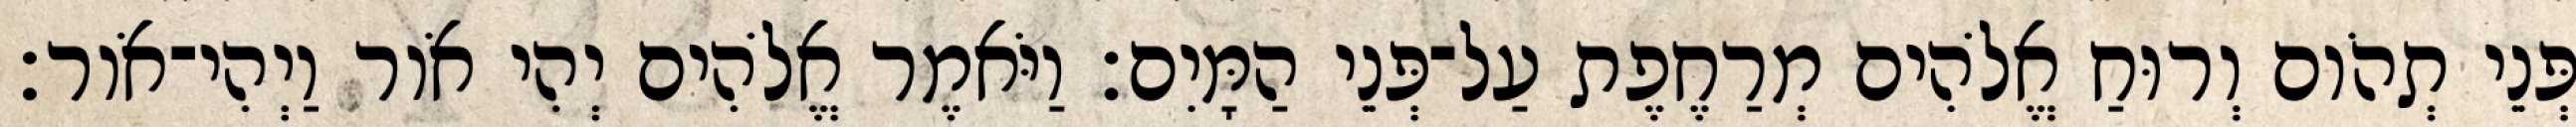
פְּנֵי תְהֹום וְרוּחַ אֱלֹהִים מְרַחֶפֶת עַל־פְּנֵי הַמָּיִם׃ וַיֹּאמֶר אֱלֹהִים יְהִי אֹור וַיְהִי־אֹור׃